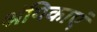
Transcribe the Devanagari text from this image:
श्रंगिकाएं